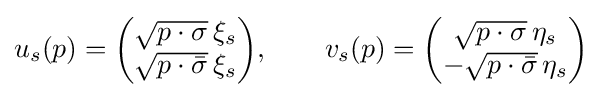
u_{s}(p)={\begin{pmatrix}{\sqrt {p\cdot \sigma }}\,\xi _{s}\\{\sqrt {p\cdot {\bar {\sigma }}}}\,\xi _{s}\end{pmatrix}},\quad \quad v_{s}(p)={\begin{pmatrix}{\sqrt {p\cdot \sigma }}\,\eta _{s}\\-{\sqrt {p\cdot {\bar {\sigma }}}}\,\eta _{s}\end{pmatrix}}